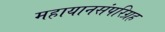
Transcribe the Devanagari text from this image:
महायानसंपरिग्रह